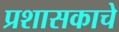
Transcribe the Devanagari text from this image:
प्रशासकाचे